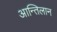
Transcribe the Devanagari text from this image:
आन्तिलान